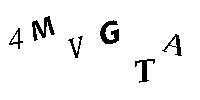
4MVGTA